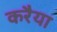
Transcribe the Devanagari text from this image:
करैया